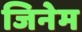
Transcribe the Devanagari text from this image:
जिनेम